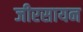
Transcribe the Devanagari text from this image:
जीरसायन